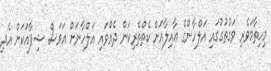
މިހިތާމަވެރި ވަގުތުގުގައި އަލްހާންގެ ޢާއިލާއަށް ކެތްތެރިކަން ދެއްވައި އަލްހާނަށް އަވަސް ޝިފާއަކަށް އެދި